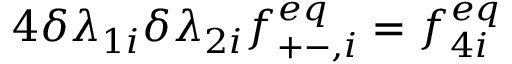
4 \delta \lambda _ { 1 i } \delta \lambda _ { 2 i } f _ { + - , i } ^ { e q } = f _ { 4 i } ^ { e q }